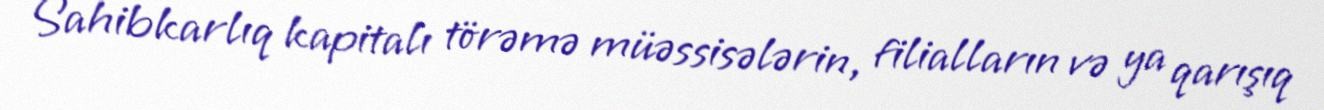
Sahibkarlıq kapitalı törəmə müəssisələrin, filialların və ya qarışıq